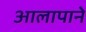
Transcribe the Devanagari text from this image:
आलापाने